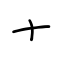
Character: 十